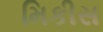
મિકીસ